system: You are a helpful assistant.
user:
Analyze the provided spectrum to determine if it is a **M-type Giant (gM)**.

A M-type Giant spectrum is defined by its **strong molecular absorption** features, particularly from **Titanium Oxide (TiO)**. You must check for one of the following mutually exclusive signatures:

- **Key Visual Indicators (Absorption-Dominated Spectrum):**

    - **(Primary):** The spectrum is dominated by strong molecular absorption from **Titanium Oxide (TiO)**. This is the **defining feature** of its M-type temperature class.
        - **(Key Bandheads):** Look for sharp, "saw-tooth" absorption valleys. The strongest are located near **~7050 Å**, **~6160 Å**, and **~5170 Å**.
        - **(Line Profile):** The "saw-tooth" morphology is critical: a **sharp, steep drop on the BLUE (short-wavelength) side** of the bandhead, followed by a gradual recovery (rising flux) towards the RED (long-wavelength) side.

    - **(Key Confirmation - Giant vs. Dwarf):** **ABSENCE** of strong **Calcium Hydride (CaH)** molecular bands. This is the primary diagnostic for *excluding* M-dwarfs.
        - **(Key Region):** The spectrum should lack the strong, broad absorption band seen in dwarfs between **~6800 Å and ~7000 Å**.

    - **(Secondary Confirmation - Giant):** A very strong and broad **Neutral Calcium (Ca I)** atomic absorption line.
        - **(Key Line):** Located at **~4226 Å**. In a giant (gM), this line is significantly deeper and broader than the same line in an M-dwarf (dM) due to low surface gravity.

    - **(Overall Spectrum):**
        - The continuum is **extremely red-sloping** (i.e., flux is very low in the blue and rises dramatically towards the red).
        - The entire spectrum appears "chopped up" by the deep TiO bands.

Think first, call **spectral_visualization_tool** if needed to examine features in detail, then provide your final answer. Your response must adhere to the following strict rules:
1.  **Overall Structure:** Your response must follow the format `<think>...</think> <tool_call>...</tool_call> (if a tool is used) <answer>...</answer>`.
2.  **Tool Usage Constraint:** You may only make **one** tool call per turn.
3.  **Final Answer Format:** In the `<answer>` tag, your conclusion must be inside a `\boxed{}` command (e.g., `\boxed{YES}` or `\boxed{NO}`), followed by your justification.

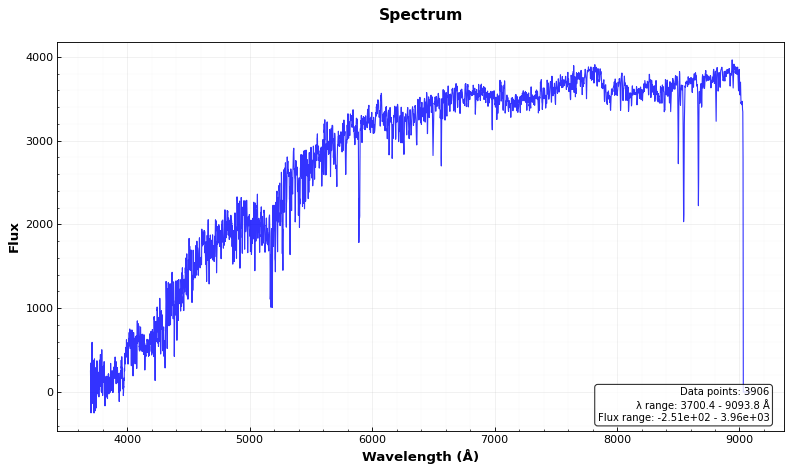
Answer: NO